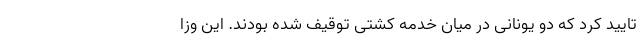
تایید کرد که دو یونانی در میان خدمه کشتی توقیف شده بودند. این وزا